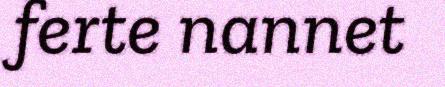
ferte nannet